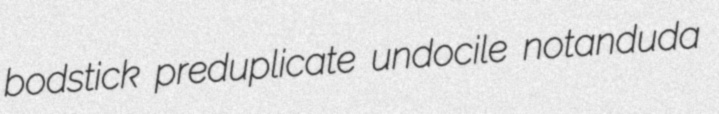
bodstick preduplicate undocile notanduda